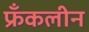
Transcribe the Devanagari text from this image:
फ्रँकलीन